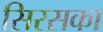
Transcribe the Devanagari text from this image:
सिरसका